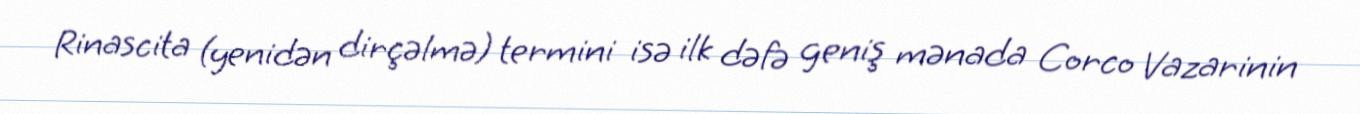
Rinascita (yenidən dirçəlmə) termini isə ilk dəfə geniş mənada Corco Vazarinin